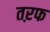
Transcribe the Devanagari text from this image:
तऱफ